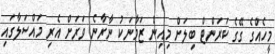
މީހެއްގެ ގޭގެ ކަރަންޓް ބިލަށް މިއިން ޒަމާނަކު ނާރާނެ ވަރަށް އެރި މައްސަލާގައި